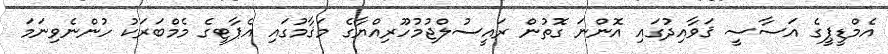
އެމްޑީޕީގެ އަސާސީ ޤަވާއިދުގައި އޮންނަ ގޮތުން ރައީސުލްޖުމުހޫރިއްޔާގެ މަޤާމުގައި އެޕާޓީގެ މެމްބަރަކު ހުންނެވިނަމަ